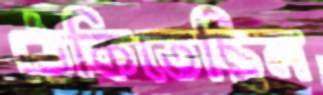
ঠেকিতেছিল